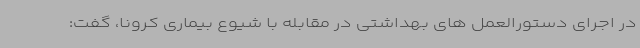
در اجرای دستورالعمل های بهداشتی در مقابله با شیوع بیماری کرونا، گفت: